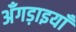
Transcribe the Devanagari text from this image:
अँगड़ाइयाँ